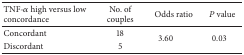
<table><thead><tr><td><b>TNF-<i>α</i> high versus low concordance</b></td><td><b>No. of couples</b></td><td><b>Odds ratio</b></td><td><b><i>P</i> value</b></td></tr></thead><tbody><tr><td>Concordant</td><td>18</td><td rowspan="2">3.60</td><td rowspan="2">0.03</td></tr><tr><td>Discordant</td><td>5</td></tr></tbody></table>